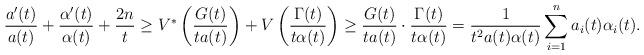
LaTeX: \begin{align*}\frac{a'(t)}{a(t)}+\frac{\alpha'(t)}{\alpha(t)}+\frac{2n}{t}\geq V^*\left(\frac{G(t)}{ta(t)}\right) + V\left(\frac{\Gamma(t)}{t\alpha(t)}\right) \geq \frac{G(t)}{ta(t)}\cdot\frac{\Gamma(t)}{t\alpha(t)} = \frac{1}{t^2a(t)\alpha(t)} \sum_{i=1}^{n}a_i(t)\alpha_i(t).\end{align*}